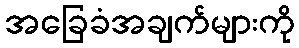
အခြေခံအချက်များကို